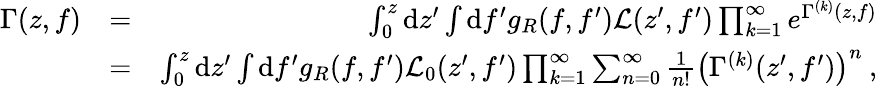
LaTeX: \begin{array}{rlr}{\Gamma(z,f)}&{=}&{\int_{0}^{z}\mathrm{d}z^{\prime}\int\mathrm{d}f^{\prime}g_{R}(f,f^{\prime})\mathcal{L}(z^{\prime},f^{\prime})\prod_{k=1}^{\infty}e^{\Gamma^{(k)}(z,f)}}\\ &{=}&{\int_{0}^{z}\mathrm{d}z^{\prime}\int\mathrm{d}f^{\prime}g_{R}(f,f^{\prime})\mathcal{L}_{0}(z^{\prime},f^{\prime})\prod_{k=1}^{\infty}\sum_{n=0}^{\infty}\frac{1}{n!}\left(\Gamma^{(k)}(z^{\prime},f^{\prime})\right)^{n}\: ,}\end{array}